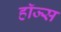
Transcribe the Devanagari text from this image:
हाॅज्स